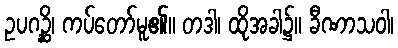
ဥပဂဉ္ဆိ၊ ကပ်တော်မူ၏။ တဒါ၊ ထိုအခါ၌။ ခီဏာသဝါ၊